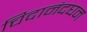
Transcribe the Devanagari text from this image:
चिदानंदघन